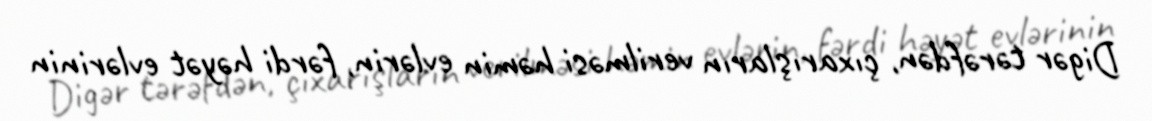
Digər tərəfdən, çıxarışların verilməsi həmin evlərin, fərdi həyət evlərinin